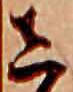
し